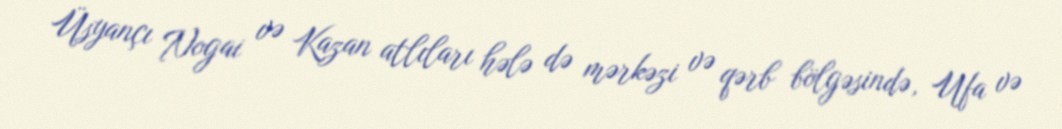
Üsyançı Nogai və Kazan atlıları hələ də mərkəzi və qərb bölgəsində, Ufa və